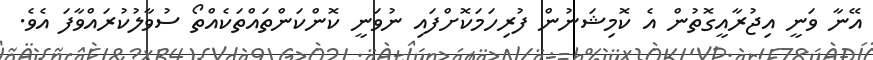
އޭނާ ވަނީ އިޖުރާއީގޮތުން އެ ކޮމިޝަނުން ފުރިހަމަކޮށްފައި ނުވަނީ ކޮންކަންތައްތަކެއްތޯ ސުވާލުކުރައްވާފަ އެވެ.